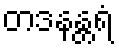
တဒနန္တရံ